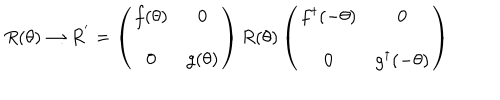
R ( \theta ) \rightarrow R ^ { ' } = \left( \begin{array} { c c } { { f ( \theta ) } } & { { 0 } } \\ { { 0 } } & { { g ( \theta ) } } \\ \end{array} \right) R ( \theta ) \left( \begin{array} { c c } { { f ^ { \dagger } ( - \theta ) } } & { { 0 } } \\ { { 0 } } & { { g ^ { \dagger } ( - \theta ) } } \\ \end{array} \right)